Madras plague regulations in force outside the Presidency town - Volume 3
Disease focus: Plague
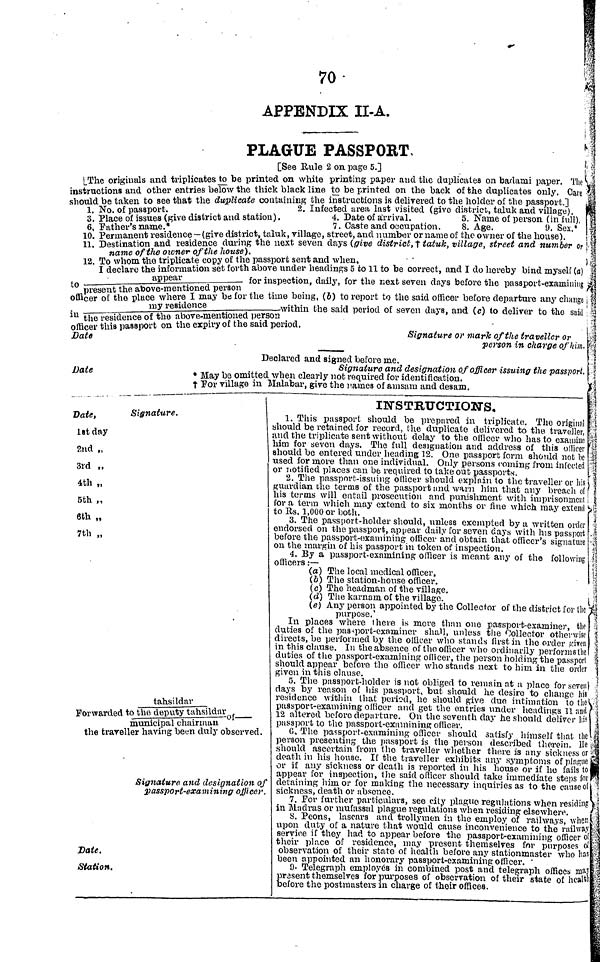
70
APPENDIX II-A.
PLAGUE PASSPORT,
[See llule 2 on page 5.]
l Th P originals and triplicates to be printed on white printing paper and the duplicates on bartami paper. The
instructions and other entries betow the thick black line to be printed on the back of the duplicates only Care
ZidbeUHen to T that the dúdate containing ^«nsis ^^d to t^lde^e^ssp^.] _
3>
- |^liV- disírict - dstetion) -
í.a&ÍA^on. I: Sr oíperson í! n sS'
i« í. îfo^lnt vfisiflpnce-fEive district, taluk, village, street, and number órname of the owner of the house).
Ï' Smüon Ind restdenc^-during the next seven days (give district, t tatuk, village, street and number or
name of the owner of the house).
12
' ^^K^S^U^^^^lSS^to^lto be correct, andido hereby bind myself (a,
appear
f or inspection, daily, for the next seven days before the passport-examining
offlceTÄiÄ^
time beillg ' (6) tolie P°r t to the said officer before departure any change
my residence
.within the said period of seven days, and (c) to deliver to the said
iu thSTisidence of the above-mentioned person
offiS Sassport on the expiry of the saul penod.
^^ ^ ^ ^ ^^ •
Dette
person in charge of him.
Declared and signed before me.
Signature and designation of officer issuing the passport,
ate
* May be omitted when clearly not required for identification,
t Por village in Malabar, give the raines of amsam and desam.
Date,
Signature.
lat day
2nd „
3rd „
4th „
5th „
6th „
7th „
tahsildar
Awarded to the deputy tahsildiu;„ {
municipal chairman
the traveller having beim duly observed.
Signature and designation of
passport-examining officer
Date.
Station.
INSTRUCTIONS.
1. This passport should be prepared in triplicate. The original
should be retained for record, the duplicate delivered to the traveller,
and the triplicate sent without delay to the oilicer who has to examine
him for seven days. The full designation and address of this oilicer
should be entered under heading 12. One passport form should not be
used for more than one individual. Only persons coining from infected
or notified places can be required to take out passports.
2. The passport-issuing odicer should explain to the traveller or liis
guardian che terms of the passport and warn him that any breach of
his terms will entail prosecution and punishment with imprisonment
for a terra which may extend to six months or fine which may extend
o Us, 1,000 or both.
3. The passport-holder should, unless exempted by a written order
ndorsed on the passport, appear daily for seven days with his passport
before the passport-examining officer and obtain that officer's signature
on the margin of his passport in token of inspection.
4. By a passport-examining officer is meant any of the following
officers : —
(a) The local medical officer,
(o) The station-house officer,
(c) The headman of the village,
(d) The karnain of the village.
(e) Any person appointed by the Collector of the district for tlic
purpose.'
In places where there is more than one p
duties of the passport-examiner shall, unless t
directs, be performed by the officer who stands lirstin the order fiireii
in this clause. In the absence of the officer who ordinarily performs (lie 1
duties of the passport-examining oilicer, the person holding the passport
should appear before the officer who stands next to him in the order
given in this clause.
5. The passport-holder is not obliged to remain at a place for noven i
days by reason of his passport, but should he desire to change his
residence within that period, he should give due intimation to the
passport-examining officer and get the entries under headings 11 and
12 altered before departure. On the seventh day he should deliver liis
passport to the passport-examining officer.
C. The passport-examining officer should satisfy himself that the
person presenting the passport is the person described therein, lie
should ascertain from the traveller whether there is any sickness or
death in his house. If the traveller exhibits tiny symptoms of plague
or if any sickness or death is reported in his house or if he fails to
appear for inspection, the said officer should take immediate steps for
detaining him or for making the necessary inquiries as to the cause of
sickness, death or absence.
7. Eor further particulars, see city plague regulations when residing
in Madras or mufassal plague regulations when residing elsewhere.
8. Peons, lascars and trollymen in the employ of railways, when
upon duty of a nature that would cause inconvenience to thé railway
service if they hart to appear before the passport-examining officer oí
their place of residence, may present themselves for purposes oí
observation of their state of health before any Stationmaster who has
been appointed an honorary passport-examining officer. '
9. Telegraph employes in combined post and telegraph offices mW
present themselves for purposes of observation of their state of health
before the postmasters in charge of their offices.